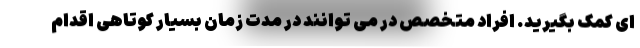
ای کمک بگیرید. افراد متخصص در می توانند در مدت زمان بسیار کوتاهی اقدام